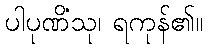
ပါပုဏိံသု၊ ရကုန်၏။